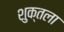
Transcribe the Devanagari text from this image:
शुक्तला